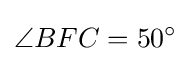
\angle {BFC}=50^{\circ }